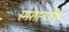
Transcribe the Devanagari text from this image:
स्मशानातील